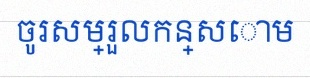
ចូរសម្រួលកន្សោម